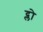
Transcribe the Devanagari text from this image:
द्लो